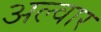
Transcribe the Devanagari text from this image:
अल्वार